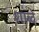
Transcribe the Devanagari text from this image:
शाब्दे